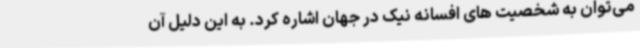
می‌توان به شخصیت های افسانه نیک در جهان اشاره کرد. به این دلیل آن